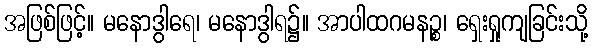
အဖြစ်ဖြင့်။ မနောဒွါရေ၊ မနောဒွါရ၌။ အာပါထဂမနဉ္စ၊ ရှေးရှုကျခြင်းသို့